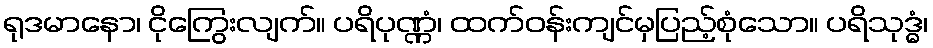
ရုဒမာနော၊ ငိုကြွေးလျက်။ ပရိပုဏ္ဏံ၊ ထက်ဝန်းကျင်မှပြည့်စုံသော။ ပရိသုဒ္ဓံ၊